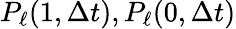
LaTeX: P_{\ell}(1,\Delta t),P_{\ell}(0,\Delta t)